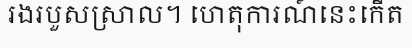
រងរបួសស្រាល។ ហេតុការណ៍នេះកើត